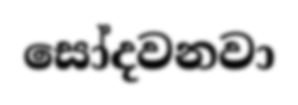
සෝදවනවා